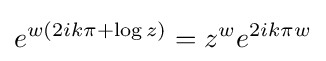
e^{w(2ik\pi +\log z)}=z^{w}e^{2ik\pi w}